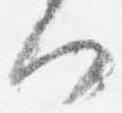
何